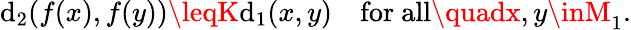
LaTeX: \mathrm{d}_{2}(f(x),f(y))\leqK\mathrm{d}_{1}(x,y)\quad{\mathrm{{for~all}}}\quadx,y\inM_{1}.